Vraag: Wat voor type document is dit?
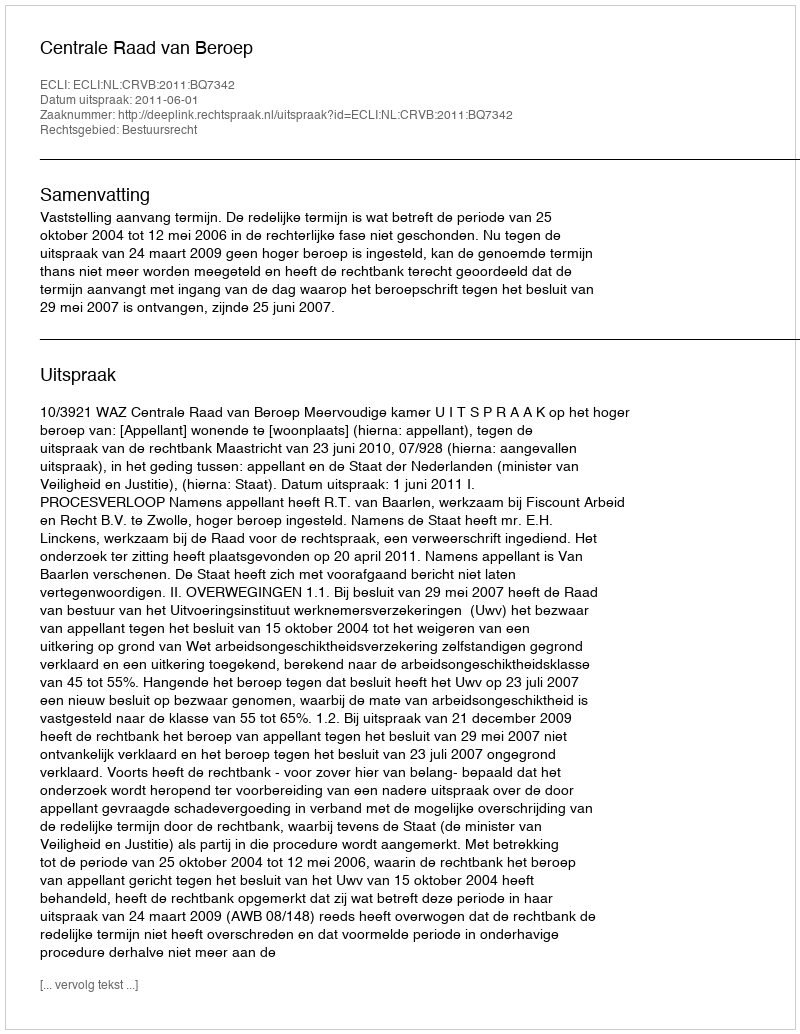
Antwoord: Uitspraak